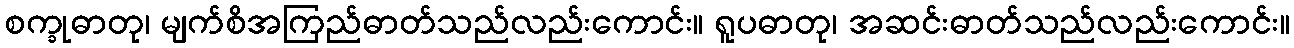
စက္ခုဓာတု၊ မျက်စိအကြည်ဓာတ်သည်လည်းကောင်း။ ရူပဓာတု၊ အဆင်းဓာတ်သည်လည်းကောင်း။